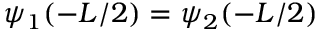
\psi _ { 1 } ( - L / 2 ) = \psi _ { 2 } ( - L / 2 ) \,